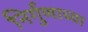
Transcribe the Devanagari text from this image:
निर्गुणाच्या